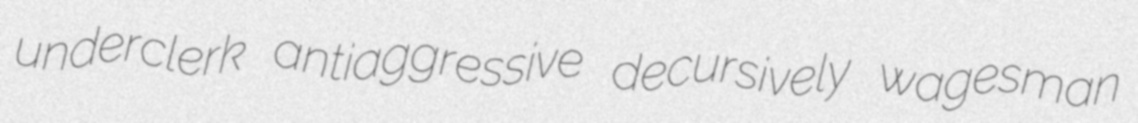
underclerk antiaggressive decursively wagesman